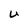
Character: U